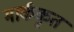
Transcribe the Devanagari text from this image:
मार्ककृत